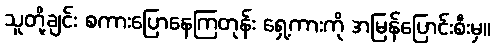
သူတို့ချင်း စကားပြောနေကြတုန်း ရှေ့ကားကို အမြန်ပြောင်းစီးမှ။